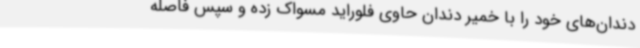
دندان‌های خود را با خمیر دندان حاوی فلوراید مسواک زده و سپس فاصله